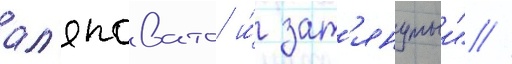
ал'яповато и́ зат'янутыи" //